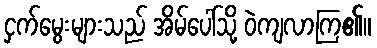
ငှက်မွေးများသည် အိမ်ပေါ်သို့ ဝဲကျလာကြ၏။